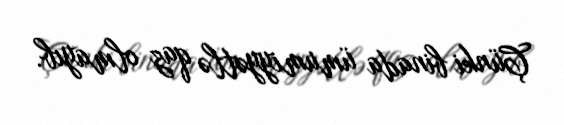
Çünki binada ümumiyyətlə qaz olmayıb.